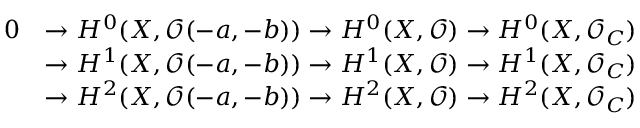
{ \begin{array} { r l } { 0 } & { \to H ^ { 0 } ( X , { \mathcal { O } } ( - a , - b ) ) \to H ^ { 0 } ( X , { \mathcal { O } } ) \to H ^ { 0 } ( X , { \mathcal { O } } _ { C } ) } \\ & { \to H ^ { 1 } ( X , { \mathcal { O } } ( - a , - b ) ) \to H ^ { 1 } ( X , { \mathcal { O } } ) \to H ^ { 1 } ( X , { \mathcal { O } } _ { C } ) } \\ & { \to H ^ { 2 } ( X , { \mathcal { O } } ( - a , - b ) ) \to H ^ { 2 } ( X , { \mathcal { O } } ) \to H ^ { 2 } ( X , { \mathcal { O } } _ { C } ) } \end{array} }